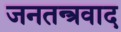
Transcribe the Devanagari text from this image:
जनतन्त्रवाद